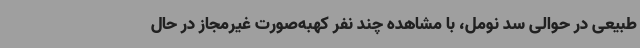
طبیعی در حوالی سد نومل، با مشاهده چند نفر کهبه‌صورت غیرمجاز در حال